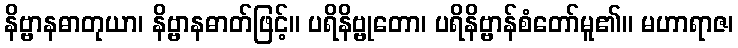
နိဗ္ဗာနဓာတုယာ၊ နိဗ္ဗာနဓာတ်ဖြင့်။ ပရိနိဗ္ဗုတော၊ ပရိနိဗ္ဗာန်စံတော်မူ၏။ မဟာရာဇ၊